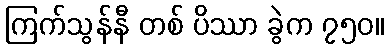
ကြက်သွန်နီ တစ် ပိဿာ ခွဲက ၇၅၀။